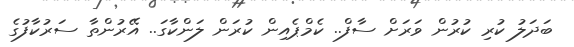
ބަދަލު ކުރި ކުރުން ވަރަށް ސާފް.. ކެމްޕެއިން ކުރަން ލަންކާގަ.. އޭރުންތާ ސަރުކާފުގެ